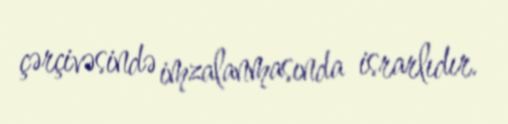
çərçivəsində imzalanmasında israrlıdır.